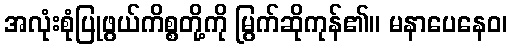
အလုံးစုံပြုဖွယ်ကိစ္စတို့ကို မြွက်ဆိုကုန်၏။ မနာပေနေဝ၊